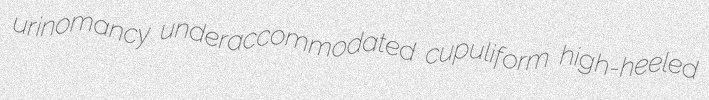
urinomancy underaccommodated cupuliform high-heeled